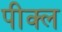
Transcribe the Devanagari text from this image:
पीक्ल